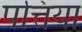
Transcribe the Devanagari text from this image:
पत्तिया